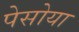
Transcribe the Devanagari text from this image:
पेसोया